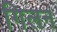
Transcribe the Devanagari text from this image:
गिलन